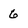
Character: 6